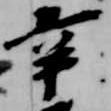
辛